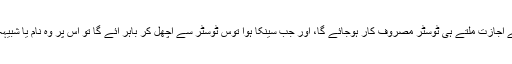
آپ کی جانب سے اجازت ملتے ہی ٹوسٹر مصروف کار ہوجائے گا، اور جب سینکا ہوا توس ٹوسٹر سے اُچھل کر باہر آئے گا تو اس پر وہ نام یا شبیہہ بنی ہوئی ہوگی۔